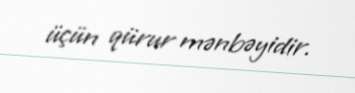
üçün qürur mənbəyidir.